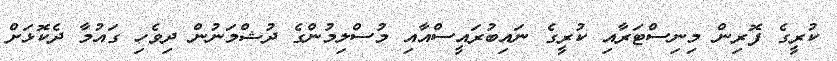
ކުރީގެ ފޮރިން މިނިސްޓަރާއި ކުރީގެ ނައިބުރައީސްއާއި މުސްލިމުންގެ ދުޝްމަނުން ދިވެހި ގައުމާ ދެކޮޅަށް